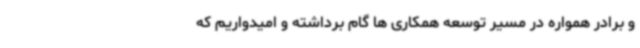
و برادر همواره در مسیر توسعه همکاری ها گام برداشته و امیدواریم که